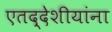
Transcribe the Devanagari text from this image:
एतद्देशीयांना